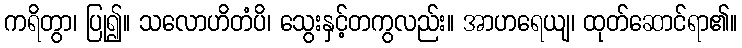
ကရိတွာ၊ ပြု၍။ သလောဟိတံပိ၊ သွေးနှင့်တကွလည်း။ အာဟရေယျ၊ ထုတ်ဆောင်ရာ၏။